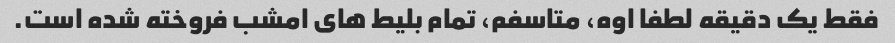
فقط یک دقیقه لطفا اوه، متاسفم، تمام بلیط های امشب فروخته شده است.